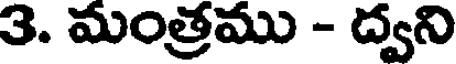
3. మంత్రము - ద్వని